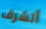
أتشرف